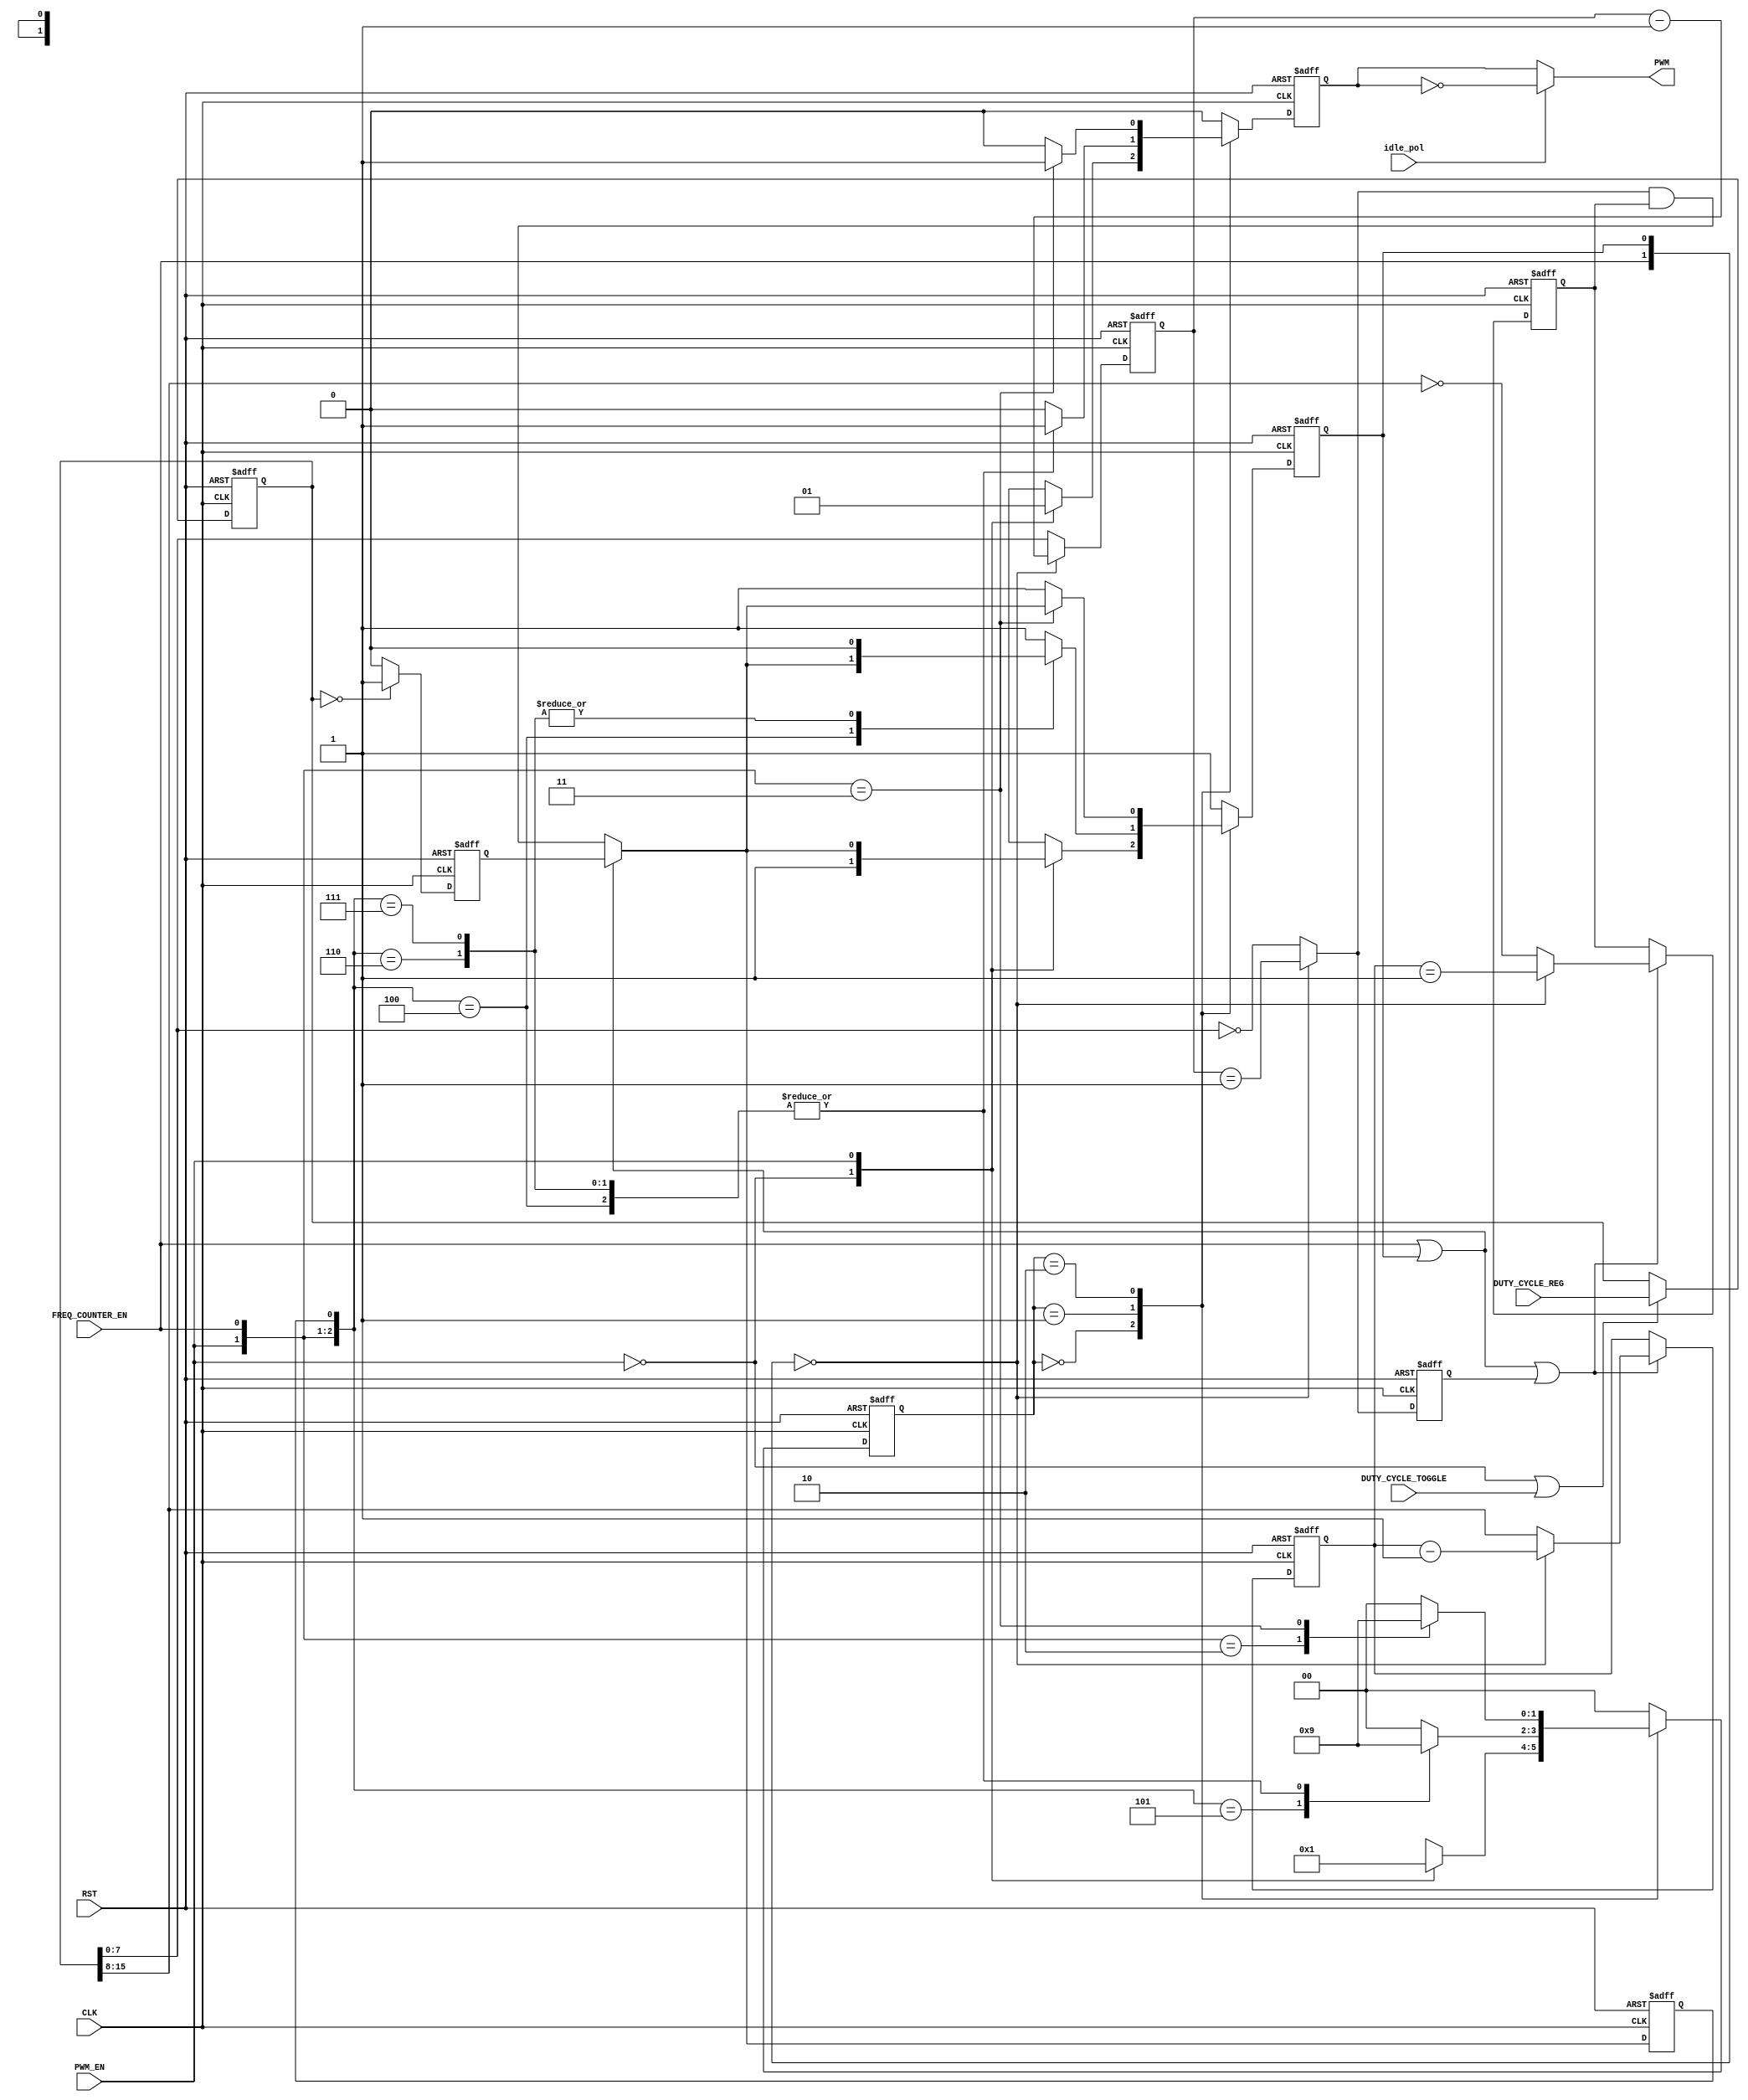
// description  	: Duty Cycle Control file
// Modified by     	: Rakesh Moolacheri	
// -----------------------------------------------------------------------------
// copyright (c) 2012
// -----------------------------------------------------------------------------
// revisions  :
// date            version    author         description
// 2009/10/16      1.0        Mohamad Rajgara      created
// 2010/09/01      1.1        Anand A Wadke        changed PWM out assigned statements
// 2010/09/02	   1.2		  Glen Gomes		   changed PWM output to be registered
// 2011/04/20	   1.3		  Glen Gomes		   Updated to conform to DFM standards
//                                                 and for higher speed operation
// -----------------------------------------------------------------------------
// Comments: 
// -----------------------------------------------------------------------------

`timescale 1ns/10ps

module duty_cycle_count (

				RST,
				CLK,

				DUTY_CYCLE_TOGGLE,
				DUTY_CYCLE_REG, 

				PWM_EN,
				idle_pol,
				FREQ_COUNTER_EN,

				PWM
				);
   

// Define I/O ports
//
input 			RST;
input 			CLK;

input 			DUTY_CYCLE_TOGGLE;
input	[15:0]	DUTY_CYCLE_REG;

input           PWM_EN;
input 			FREQ_COUNTER_EN;

input           idle_pol;

output 			PWM;
      
wire 			RST;
wire 			CLK;

wire 			DUTY_CYCLE_TOGGLE;
wire	[15:0]	DUTY_CYCLE_REG;

wire            PWM_EN;
wire 			FREQ_COUNTER_EN;

reg 			PWM_r;
reg 			PWM_nxt;
      

// Define internal signals
//
reg		 [7:0]	duty_0_cnt;
reg		 [7:0]	duty_0_cnt_nxt;

reg		      	duty_0_cnt_tc;
reg		      	duty_0_cnt_tc_nxt;

reg		 [7:0]	duty_1_cnt;
reg		 [7:0]	duty_1_cnt_nxt;

reg		      	duty_1_cnt_tc;
reg		      	duty_1_cnt_tc_nxt;

reg     		duty_cycle_cnt_ld;
reg     		duty_cycle_cnt_ld_nxt;

reg             duty_cycle_cnt_tc;
wire            duty_cycle_cnt_tc_nxt;

reg				duty_cycle_ld_tc;
wire			duty_cycle_ld_tc_nxt;

reg		[15:0]	duty_cycle_reg_a;

reg		 [1:0]  duty_cycle_state;
reg		 [1:0]  duty_cycle_state_nxt;

  
// Define the Duty Cycle Counter's State bits
//
parameter  DUTY_IDLE_ST   = 3'h0;
parameter  DUTY_COUNT_ST  = 3'h1;
parameter  DUTY_WAIT_ST   = 3'h2;

assign PWM = (idle_pol)? ~PWM_r: PWM_r;
// Register duty cycle counter and output logic
//
always @(posedge CLK or posedge RST) 
begin
	if (RST == 1'b1) 
	begin
	    duty_cycle_state  <=  DUTY_IDLE_ST;

   		duty_0_cnt 		  <=  8'h0;
   		duty_0_cnt_tc	  <=  1'b0;

   		duty_1_cnt 		  <=  8'h0;
   		duty_1_cnt_tc	  <=  1'b0;

		duty_cycle_cnt_ld <=  1'b1;
		duty_cycle_cnt_tc <=  1'b0;
		duty_cycle_ld_tc  <=  1'b0;

		duty_cycle_reg_a  <= 32'h0;

		PWM_r			      <=  1'b0;
	end
    else 
	begin
	    duty_cycle_state <= duty_cycle_state_nxt;

		// Update shadow register on the VSYNC signal edge
		// and allow loading during periods when PWM is disabled.
		//
		if ((~PWM_EN) || DUTY_CYCLE_TOGGLE)
			duty_cycle_reg_a <= DUTY_CYCLE_REG;

	    duty_0_cnt    <= duty_0_cnt_nxt;
		duty_0_cnt_tc <= duty_0_cnt_tc_nxt;

		if (FREQ_COUNTER_EN || duty_cycle_cnt_ld || duty_0_cnt_tc)
		begin
	        duty_1_cnt    <= duty_1_cnt_nxt;
		    duty_1_cnt_tc <= duty_1_cnt_tc_nxt;
        end

		duty_cycle_cnt_ld <= duty_cycle_cnt_ld_nxt;
		duty_cycle_cnt_tc <= duty_cycle_cnt_tc_nxt;
		duty_cycle_ld_tc  <= duty_cycle_ld_tc_nxt;

		PWM_r <= PWM_nxt;
    end      
end


// Define when the Duty Cycle Counter is done
//
// Note: The Duty Cycle Counter's value should always be less than or equal 
//       to the Frequency Counter's value. However, if the Frequency Counter
//       value is smaller then the Duty Cycle Counter, the terms below will
//       correctly maintain counter loading. 
//
//       In addition, these terms allow for proper loading when the PWM is disabled.
//
//assign duty_cycle_cnt_tc_nxt = (FREQ_COUNTER_EN || duty_cycle_cnt_ld) ? duty_cycle_ld_tc : duty_0_cnt_tc_nxt & duty_1_cnt_tc & duty_2_cnt_tc & duty_3_cnt_tc;
assign duty_cycle_cnt_tc_nxt = (FREQ_COUNTER_EN || duty_cycle_cnt_ld) ? duty_cycle_ld_tc : duty_0_cnt_tc_nxt & duty_1_cnt_tc;


// Define the Terminal Count for a load of zero
//
// Note: The register, duty_cycle_reg_a, is a static register that is only
//       updated following VSYNC.
//
//       This was done in this way to avoid having to decode 32-bits at a time
//       to address certain corner cases. These cases should not happen if the 
//       correct values are loaded into the Frequency and Duty Cycle Counters.
//
assign duty_cycle_ld_tc_nxt  = (duty_cycle_reg_a[15:0] == 32'h0) ? 1'b1: 1'b0;


// Define the Duty Cycle Counter's statemachine
//
// Note: The PWM starts at the begining of each Frequency Counter Cycle and
//       then should shut off until the start of the next cycle.
//
//       This statemachine handles conditions when the Duty Cycle Counter
//       value is below, equal to, or above the Frequency Counter value.
//
always @(duty_cycle_state      or
		 PWM_EN                or
         FREQ_COUNTER_EN       or
		 duty_cycle_cnt_tc_nxt or
		 duty_cycle_cnt_tc
        )
begin
    case(duty_cycle_state)
	DUTY_IDLE_ST:
	begin
		case(PWM_EN)
		1'b0: // Waiting for the PWM to be enabled
		begin
			duty_cycle_state_nxt  <= DUTY_IDLE_ST;

			duty_cycle_cnt_ld_nxt <= 1'b1;
			PWM_nxt               <= 1'b0;
		end
		1'b1:  // The PWM has been enabled
		begin
			duty_cycle_state_nxt  <= DUTY_COUNT_ST;

			duty_cycle_cnt_ld_nxt <=  duty_cycle_cnt_tc_nxt;
			PWM_nxt               <=  1'b1;
		end
        endcase
	end
    DUTY_COUNT_ST:
	begin
		case({PWM_EN, FREQ_COUNTER_EN, duty_cycle_cnt_tc})
		3'b100: // The Duty Cycle is counting down
		begin
			duty_cycle_state_nxt  <= DUTY_COUNT_ST;

			duty_cycle_cnt_ld_nxt <= duty_cycle_cnt_tc_nxt;
			PWM_nxt               <= 1'b1;
		end
		3'b101: // The Frequency Count is longer than the Duty Cycle.
		begin
			duty_cycle_state_nxt  <= DUTY_WAIT_ST;

			duty_cycle_cnt_ld_nxt <= 1'b1;
			PWM_nxt               <= 1'b0;
		end
		3'b110: // The Frequency Count is shorter than the Duty Cycle count.
		        // Note: For proper operation, the Frequency Count should 
				//       never be shorter than the Duty Cycle.
		begin
			duty_cycle_state_nxt  <= DUTY_COUNT_ST;

			duty_cycle_cnt_ld_nxt <= 1'b0;
			PWM_nxt               <= 1'b1;
		end
		3'b111: // The Frequency Count is the same as the Duty Cycle.
		begin
			duty_cycle_state_nxt  <= DUTY_COUNT_ST;

			duty_cycle_cnt_ld_nxt <= 1'b0;
			PWM_nxt               <= 1'b1;
		end
		default: // The PWM has been disabled.
		begin
			duty_cycle_state_nxt  <= DUTY_IDLE_ST;

			duty_cycle_cnt_ld_nxt <= 1'b1;
			PWM_nxt               <= 1'b0;
		end
        endcase
	end
    DUTY_WAIT_ST:
	begin
		case({PWM_EN, FREQ_COUNTER_EN})
		2'b10: // Waiting for the Frequency Counter to count down
		begin
			duty_cycle_state_nxt  <= DUTY_WAIT_ST;

			duty_cycle_cnt_ld_nxt <= 1'b1;
			PWM_nxt               <= 1'b0;
		end
		2'b11: // Frequency Counter has finished
		begin
			duty_cycle_state_nxt  <= DUTY_COUNT_ST;

			duty_cycle_cnt_ld_nxt <=  duty_cycle_cnt_tc_nxt;
			PWM_nxt               <=  1'b1;
		end
		default: // The PWM has been disabled
		begin
			duty_cycle_state_nxt  <= DUTY_IDLE_ST;

			duty_cycle_cnt_ld_nxt <= 1'b1;
			PWM_nxt               <= 1'b0;
		end
        endcase
	end
	default: // An unexpected condition has happened
	begin
		duty_cycle_state_nxt  <= DUTY_IDLE_ST;

		duty_cycle_cnt_ld_nxt <= 1'b1;
		PWM_nxt               <= 1'b0;
	end
	endcase
end

// Determine the duty cycle counter's first byte
//
// Note: The Duty Cycle Counter is define in terms of bytes to enable higher
//       speed operation.
//
always @(duty_cycle_cnt_ld or
		 duty_0_cnt        or
		 duty_cycle_reg_a  or
		 FREQ_COUNTER_EN
)
begin
	case({FREQ_COUNTER_EN, duty_cycle_cnt_ld})
	2'b00:   duty_0_cnt_nxt <= duty_0_cnt - 8'h1;
	default: duty_0_cnt_nxt <= duty_cycle_reg_a[7:0];
    endcase

	case({FREQ_COUNTER_EN, duty_cycle_cnt_ld})
	2'b00:   duty_0_cnt_tc_nxt <= (duty_0_cnt            == 8'h1);
	default: duty_0_cnt_tc_nxt <= (duty_cycle_reg_a[7:0] == 8'h0);
    endcase
end

// Determine the duty cycle counter's second byte
//
always @(duty_cycle_cnt_ld or
		 duty_1_cnt        or
		 duty_cycle_reg_a  or
		 FREQ_COUNTER_EN
)
begin
	case({FREQ_COUNTER_EN, duty_cycle_cnt_ld})
	2'b00:   duty_1_cnt_nxt <= duty_1_cnt - 8'h1;
	default: duty_1_cnt_nxt <= duty_cycle_reg_a[15:8];
    endcase

	case({FREQ_COUNTER_EN, duty_cycle_cnt_ld})
	2'b00:   duty_1_cnt_tc_nxt <= (duty_1_cnt             == 8'h1);
	default: duty_1_cnt_tc_nxt <= (duty_cycle_reg_a[15:8] == 8'h0);
    endcase
end

endmodule